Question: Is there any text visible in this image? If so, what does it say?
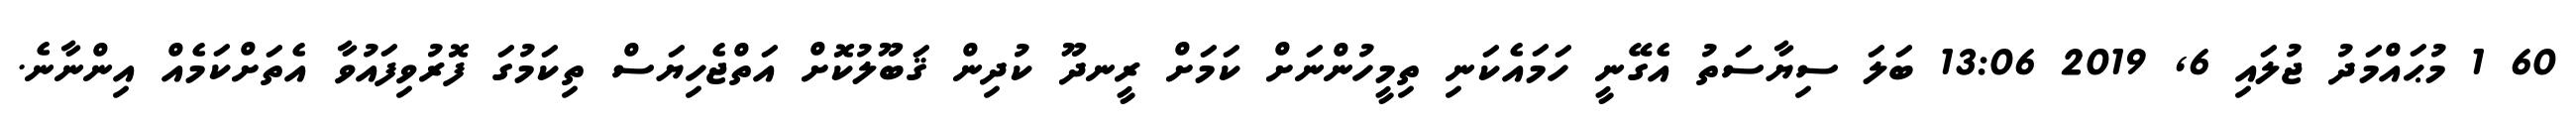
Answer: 60 1 މުޙައްމަދު ޖުލައި 6, 2019 13:06 ބަލަ ސިޔާސަތު އެގޭނީ ހަމައެކަނި ތިމީހުންނަށް ކަމަށް ރީނދޫ ކުދިން ޤަބޫލުކޮށް އަތްޖެހިޔަސް ތިކަމުގަ ފޮރުވިފައުވާ އެތަށްކަމެއް އިންނާނެ.